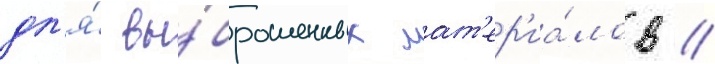
дл'я́ вы́брошенных мат'ер'иа́лов //